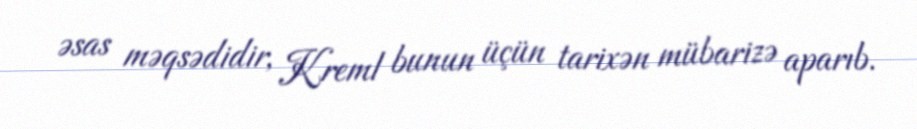
əsas məqsədidir, Kreml bunun üçün tarixən mübarizə aparıb.